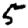
Digit: 5